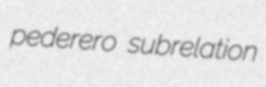
pederero subrelation